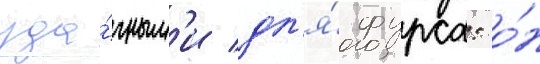
уда́чным'и дл'я́ фурса: о́н